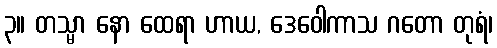
၃။ တသ္မာ နော ထေရာ ဟာယ, ဒေဝေါကာသ ဂတော တုရံ၊